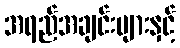
အရည်အချင်းများနှင့်